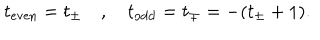
t _ { \mathrm { e v e n } } = t _ { \pm } \quad , \quad t _ { \mathrm { o d d } } = t _ { \mp } = - ( t _ { \pm } + 1 ) .